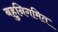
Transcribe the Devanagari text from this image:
बहुनिगमित